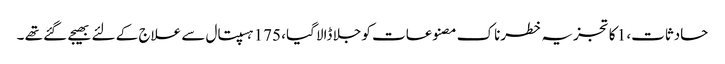
حادثات، 1 کا تجزیہ خطرناک مصنوعات کو جلا ڈالا گیا، 175 ہسپتال سے علاج کے لئے بھیجے گئے تھے ۔